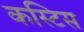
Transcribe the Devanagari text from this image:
कस्टिस